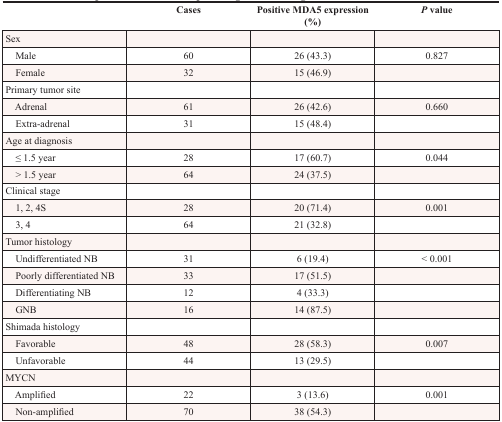
<table><thead><tr><td></td><td><b>Cases</b></td><td><b>Positive MDA5 expression (%)</b></td><td><b><i>P</i> value</b></td></tr></thead><tbody><tr><td>Sex</td><td></td><td></td><td></td></tr><tr><td> Male</td><td>60</td><td>26 (43.3)</td><td>0.827</td></tr><tr><td> Female</td><td>32</td><td>15 (46.9)</td><td></td></tr><tr><td>Primary tumor site</td><td></td><td></td><td></td></tr><tr><td> Adrenal</td><td>61</td><td>26 (42.6)</td><td>0.660</td></tr><tr><td> Extra-adrenal</td><td>31</td><td>15 (48.4)</td><td></td></tr><tr><td>Age at diagnosis</td><td></td><td></td><td></td></tr><tr><td> ≤ 1.5 year</td><td>28</td><td>17 (60.7)</td><td>0.044</td></tr><tr><td> &gt; 1.5 year</td><td>64</td><td>24 (37.5)</td><td></td></tr><tr><td>Clinical stage</td><td></td><td></td><td></td></tr><tr><td> 1, 2, 4S</td><td>28</td><td>20 (71.4)</td><td>0.001</td></tr><tr><td> 3, 4</td><td>64</td><td>21 (32.8)</td><td></td></tr><tr><td>Tumor histology</td><td></td><td></td><td></td></tr><tr><td> Undifferentiated NB</td><td>31</td><td>6 (19.4)</td><td>&lt; 0.001</td></tr><tr><td> Poorly differentiated NB</td><td>33</td><td>17 (51.5)</td><td></td></tr><tr><td> Differentiating NB</td><td>12</td><td>4 (33.3)</td><td></td></tr><tr><td> GNB</td><td>16</td><td>14 (87.5)</td><td></td></tr><tr><td>Shimada histology</td><td></td><td></td><td></td></tr><tr><td> Favorable</td><td>48</td><td>28 (58.3)</td><td>0.007</td></tr><tr><td> Unfavorable</td><td>44</td><td>13 (29.5)</td><td></td></tr><tr><td>MYCN</td><td></td><td></td><td></td></tr><tr><td> Amplified</td><td>22</td><td>3 (13.6)</td><td>0.001</td></tr><tr><td> Non-amplified</td><td>70</td><td>38 (54.3)</td><td></td></tr></tbody></table>